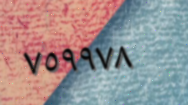
٧٥٩٩٧٨